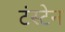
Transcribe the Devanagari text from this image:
टंस्टेन